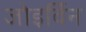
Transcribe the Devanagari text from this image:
जोइर्विन